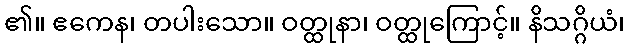
၏။ ဧကေန၊ တပါးသော။ ဝတ္ထုနာ၊ ဝတ္ထုကြောင့်။ နိသဂ္ဂိယံ၊